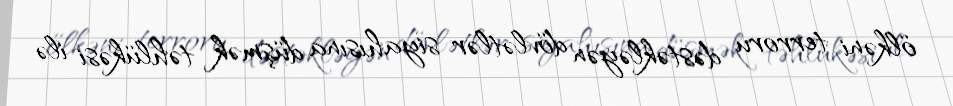
ölkəni terroru dəstəkləyən dövlətlər siyahısına düşmək təhlükəsi ilə